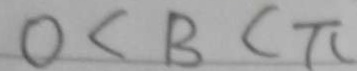
0 < B < \pi